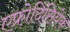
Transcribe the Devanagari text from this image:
एफ्रोदिसियेक